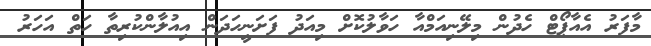
މާފަރު އެއާޕޯޓް ހެދުން މިލޭނިއަމްއާ ހަވާލުކޮށް މިއަދު ފަށަނީހަދަން އިއުލާންކުރިތާ ހަތް އަހަރު